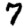
Digit: 7